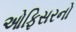
ઓફિસરનો